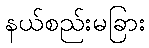
နယ်စည်းမခြား